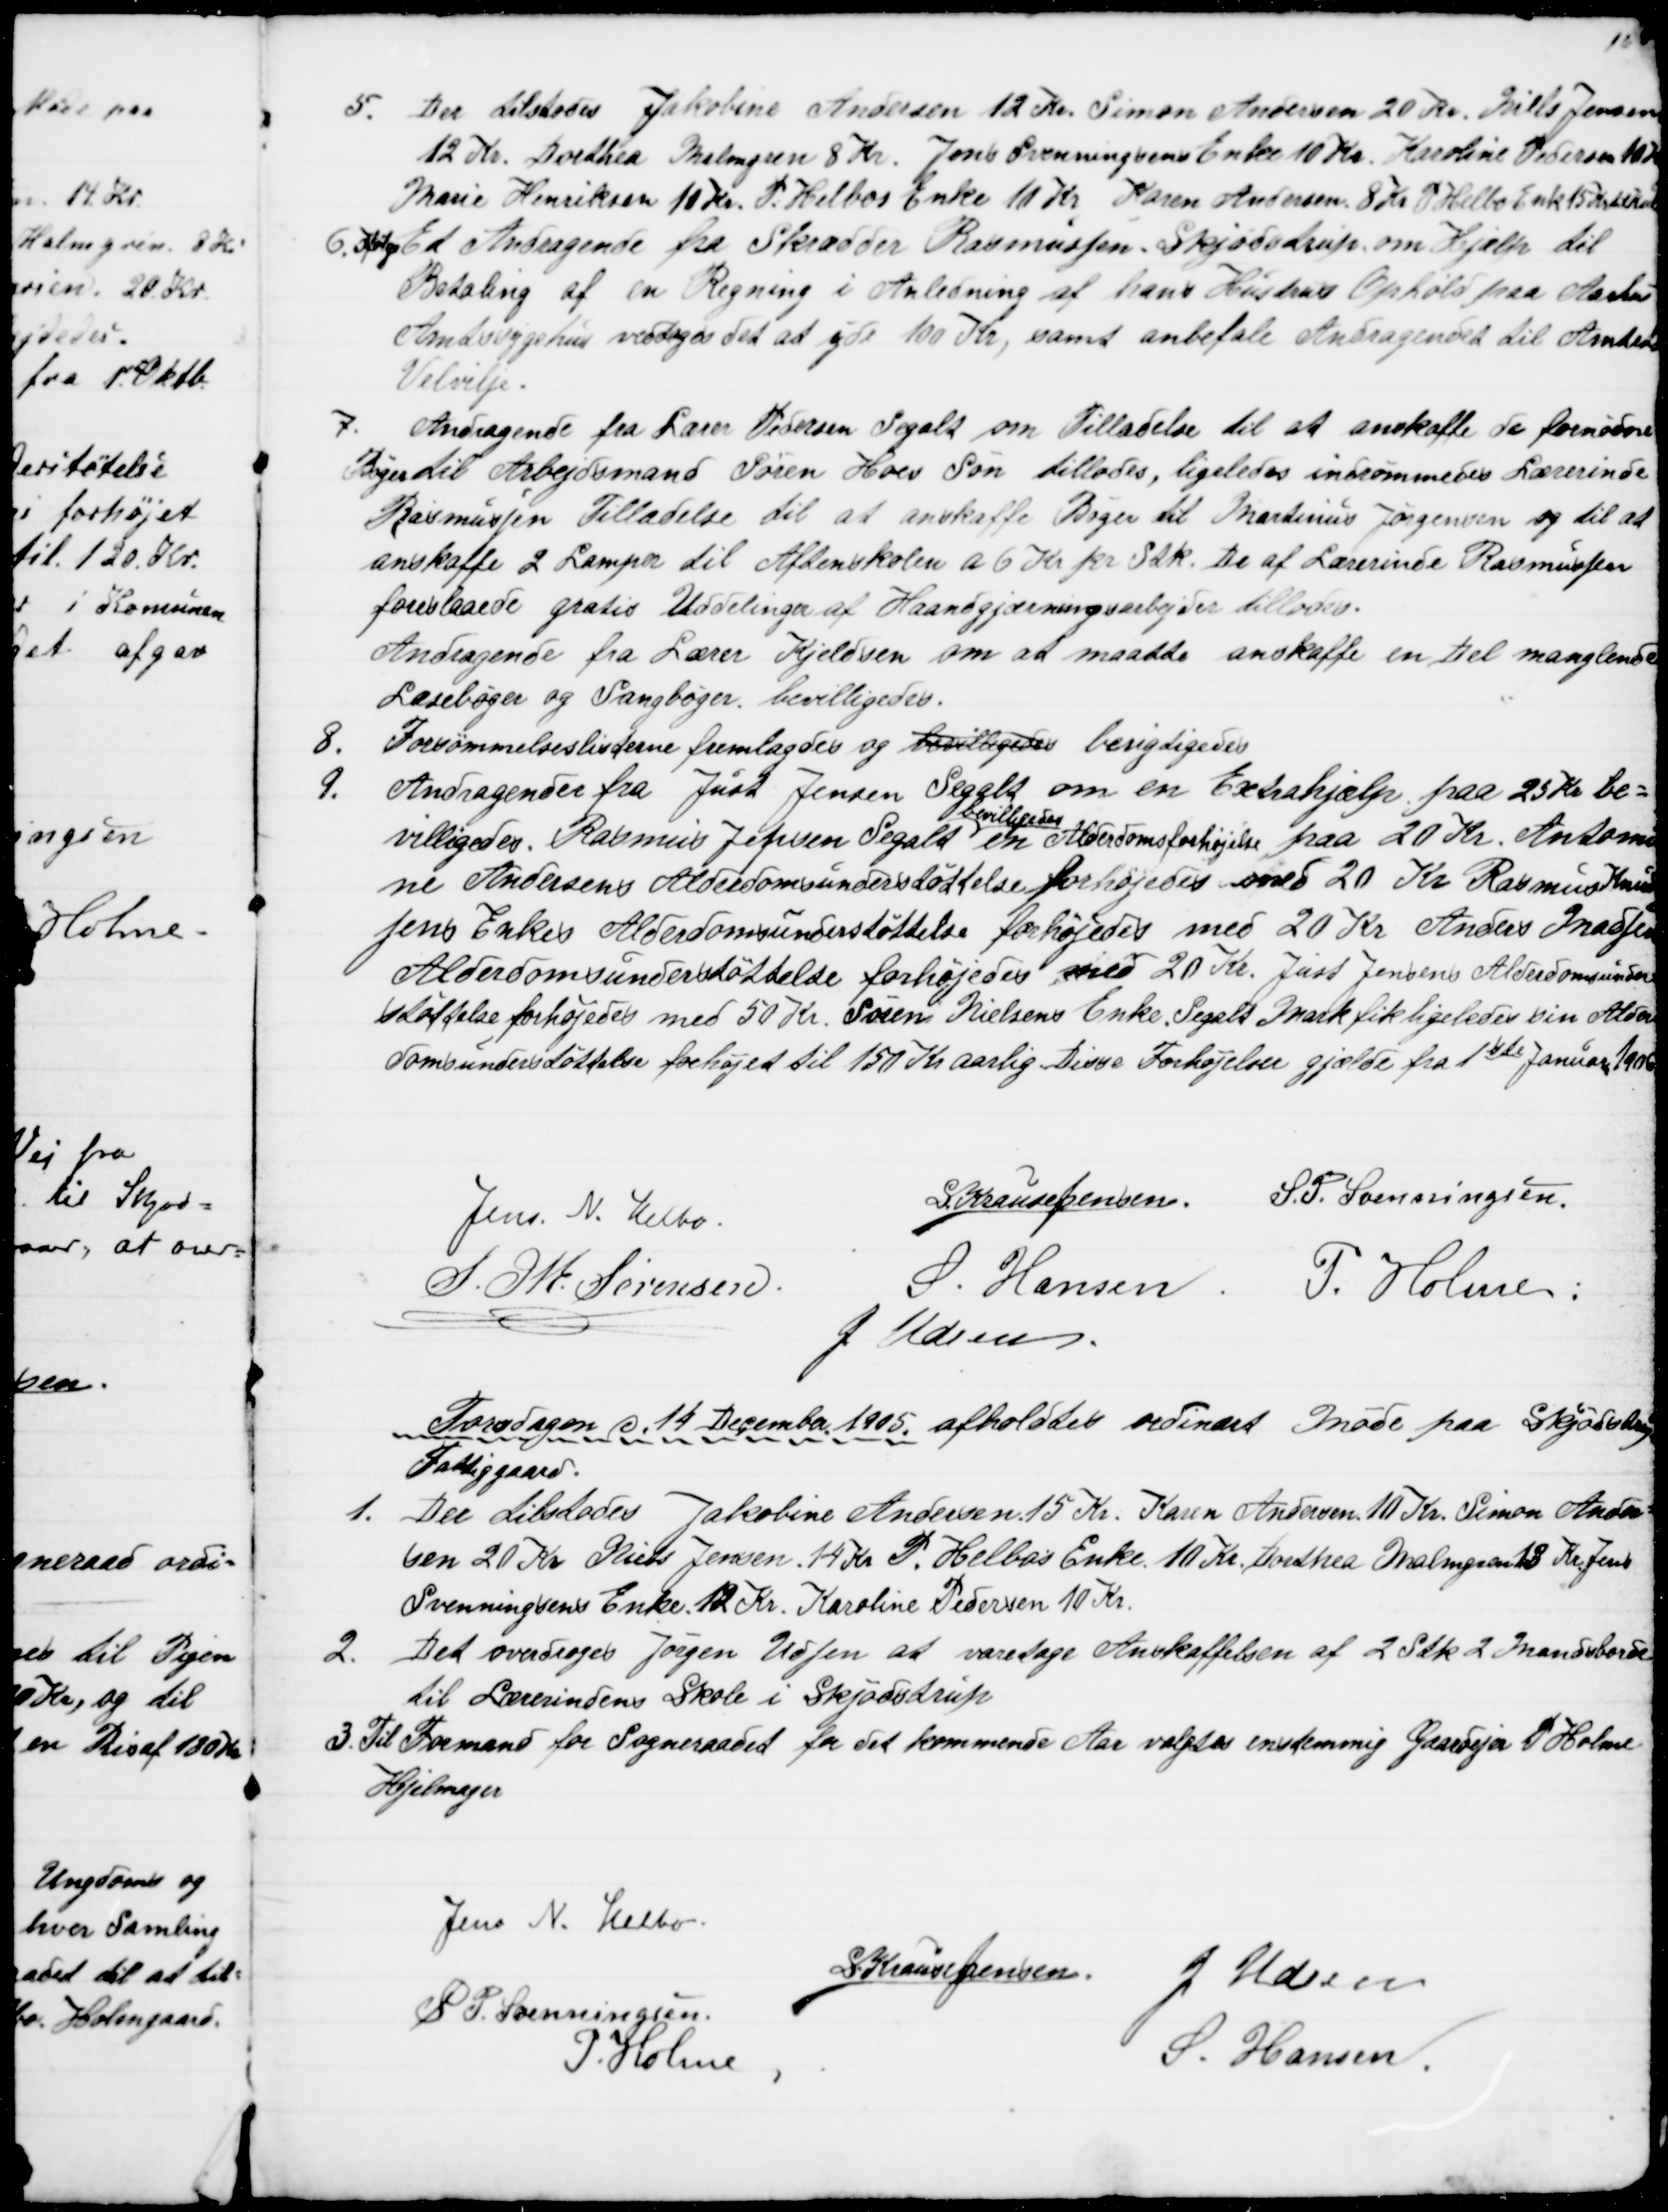
Transskription:
5. Der tilstodes Jakobine Andersen 12 Kr. Simon Andersen 20 Kr. Niels Jensen
12 Kr. Dorthea Malmgren 8 Kr. Jens Svenningsens Enke 10 Kr. Karoline Pedersen 10 Kr
Marie Henriksen 10 Kr. P. Helbos Enke 10 Kr. Karen Andersen 8 Kr P. Helbo Enke 15 Kr til Kul
6. Ifølge Et Andragende fra Skrædder Rasmussen, Skjødstrup om Hjælp til
Betaling af en Regning i Anledning af hans Hustrus Ophold paa Aarhus
Amtssygehus vedtoges det at yde 100 Kr, samt anbefale Andragendet til Amtets
Velvilje.
7.
Andragende fra Lærer Pedersen Segalt om Tilladelse til at anskaffe de fornødne
Bøger til Arbejdsmand Søren Hoes Søn tillodes, ligeledes indrømmedes Lærerinde
Rasmussen Tilladelse til at anskaffe Bøger til Martinus Jørgensen og til at
anskaffe 2 Lamper til Aftenskolen a 6 Kr pr Stk. De af Lærerinde Rasmussen
foreslaaede gratis Uddelinger af Haandgjærningsarbejder tillodes.
Andragende fra Lærer Kjeldsen om at maatte anskaffe en Del manglende
Læsebøger og Sangbøger bevilligedes.
8.
Forsømmelseslisterne fremlagdes og bevilligedes berigtigedes
9.
Andragender fra Just Jensen Segalt om en Extrahjælp paa 25 Kr be=
villigedes. Rasmus Jensen Segalt 
bevilligedes
en Alderdomsforhøjelse paa 20 Kr. Antomi
ne Andersens Alderdomsunderstøttelse forhøjedes med 20 Kr. Rasmus Knud
sens Enkes Alderdomsunderstøttelse forhøjedes med 20 Kr. Anders Madsen
Alderdomsunderstøttelse forhøjedes med 20 Kr. Just Jensens Alderdomsunder=
støttelse forhøjedes med 50 Kr. Søren Nielsens Enke Segalt Mark fik ligeledes sin Alder
domsunderstøttelse forhøjet til 150 Kr aarlig. Disse Forhøjelser gjælde fra 1ste Januar 1906
Jens N. Helbo.
S Krause Jensen.
S. P. Svenningsen.
S. M. Sørensen.
S. Hansen. P. Holme:
J. Udsen.
Torsdagen d. 14 December 1905. afholdtes ordinært Møde paa Skjødstrup
Fattiggaard.
1. 
Der tilstodes Jakobine Andersen 15 Kr. Karen Andersen 11 Kr. Simon Ander=
sen 20 Kr Niels Jensen 14 Kr. P. Helbos Enke 10 Kr. Dorthea Malmgren 13 Kr. Jens
Svenningsens Enke 12 Kr. Karoline Pedersen 10 Kr.
2.
Det overdroges Jørgen Udsen at varetage Anskaffelsen af 2 Stk. 2 Mandsborde
til Lærerindens Skole i Skjødstrup
3. Til Formand for Sogneraadet for det kommende Aar valgtes enstemmig Gaardejer P. Holme
Hjelmager
Jens N. Helbo.
S Krause Jensen
J. Udsen
S. P. Svenningsen
P. Holme
S. Hansen